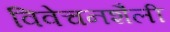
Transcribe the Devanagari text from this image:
विवेचनशैली